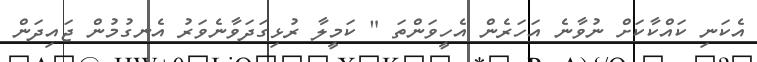
އެކަނި ކައްކާކަށް ނުވާނެ އަހަރެން އެހީވަންތަ " ކަމީލާ ރުޅިގަދަވާނެވަރު އެނގުމުން ޖައިދަން